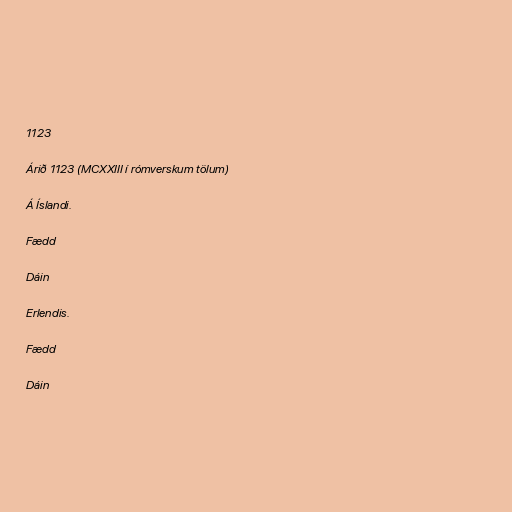
1123

Árið 1123 (MCXXIII í rómverskum tölum)

Á Íslandi.

Fædd

Dáin

Erlendis.

Fædd

Dáin